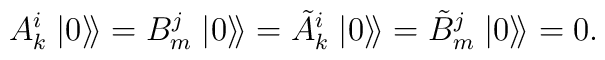
A_{k}^{i}\left. \left| 0\right\rangle \!\right\rangle =B_{m}^{j}\left.\left| 0\right\rangle \!\right\rangle =\tilde{A}_{k}^{i}\left. \left|0\right\rangle \!\right\rangle =\tilde{B}_{m}^{j}\left. \left|0\right\rangle \!\right\rangle =0.